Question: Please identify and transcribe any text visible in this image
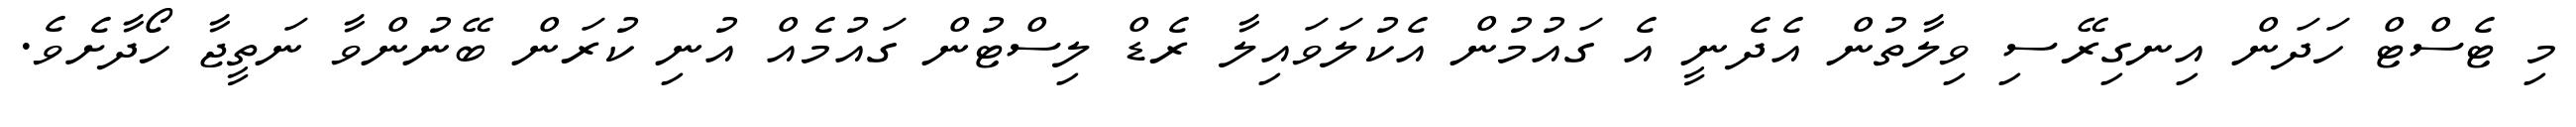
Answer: މި ޓެސްޓް ހަދަން އިނގިރޭސި ވިލާތުން އެދެނީ އެ ގައުމުން އެކުލަވައިލާ ރެޑް ލިސްޓުން ގައުމެއް އުނި ކުރަން ބޭނުންވާ ނަތީޖާ ހޯދާށެވެ.